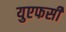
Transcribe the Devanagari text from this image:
युएफसी